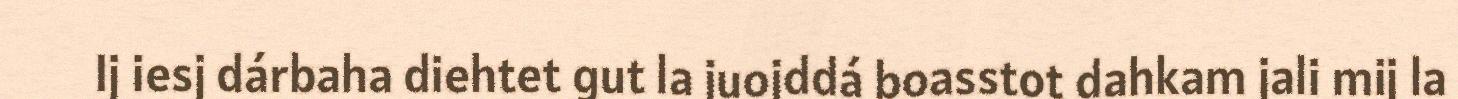
Ij iesj dárbaha diehtet gut la juojddá boasstot dahkam jali mij la